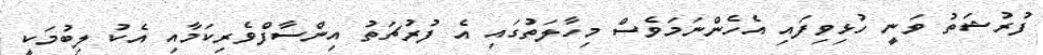
ފުރުޝަތު ވަނީ ހުޅިވިފައި އެހެންނަމަވެސް މިހާލަތުގައި އެ ފުރުޗަތު އިންސާފްވެރިކަމާއި އެކު ލިބުމަކީ